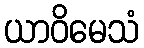
ယာဝိမေသံ